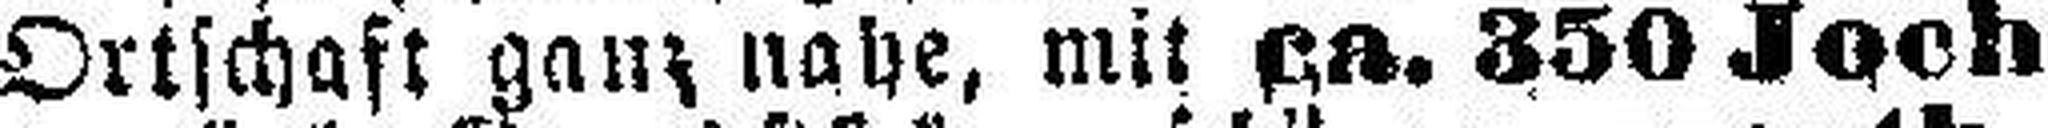
Ortschaft ganz nahe, mit ca. 350 Joch